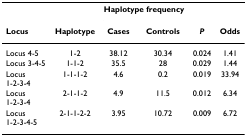
<table><thead><tr><td></td><td></td><td colspan="2"><b>Haplotype frequency</b></td><td></td><td></td></tr><tr><td><b>Locus</b></td><td><b>Haplotype</b></td><td><b>Cases</b></td><td><b>Controls</b></td><td><b><i>P</i></b></td><td><b>Odds</b></td></tr></thead><tbody><tr><td>Locus 4-5</td><td>1-2</td><td>38.12</td><td>30.34</td><td>0.024</td><td>1.41</td></tr><tr><td>Locus 3-4-5</td><td>1-1-2</td><td>35.5</td><td>28</td><td>0.029</td><td>1.44</td></tr><tr><td>Locus 1-2-3-4</td><td>1-1-1-2</td><td>4.6</td><td>0.2</td><td>0.019</td><td>33.94</td></tr><tr><td>Locus 1-2-3-4</td><td>2-1-1-2</td><td>4.9</td><td>11.5</td><td>0.012</td><td>6.34</td></tr><tr><td>Locus 1-2-3-4-5</td><td>2-1-1-2-2</td><td>3.95</td><td>10.72</td><td>0.009</td><td>6.72</td></tr></tbody></table>